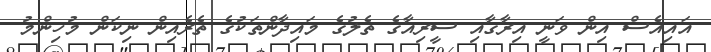
އައިއެސް އިން ވަނީ އިރާގާއި ސީރިއާގެ ތެލުގެ މައިދާންތަކުގެ ތެރެއިން ނިކަން މުހިންމު